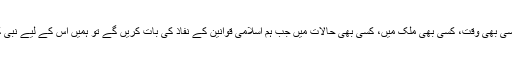
اسلامی معاشرے میں قوانین کا نفاذ کسی بھی وقت، کسی بھی ملک میں، کسی بھی حالات میں جب ہم اسلامی قوانین کے نفاذ کی بات کریں گے تو ہمیں اس کے لیے نبی کریمﷺ کی زندگی کو مثال بنانا ہو گا۔